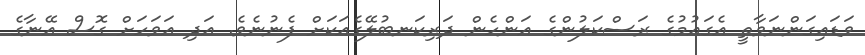
ވަޑައިގަންނަވާތީ އެގައުމުގެ ރަސްކަލުންގެ އަންހެން ދަރިކަނބުލޭގެއަކަަށް ފެނުނެވެ. އަދި އަވަހަށް ގޮސް އޭނާގެ